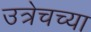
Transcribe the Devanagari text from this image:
उत्रेचच्या